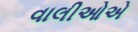
વાલીઓએ